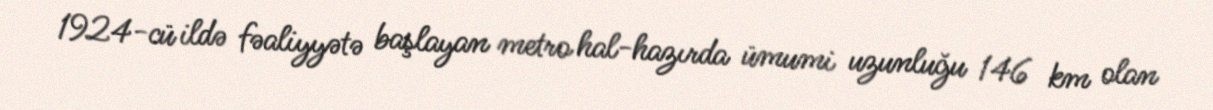
1924-cü ildə fəaliyyətə başlayan metro hal-hazırda ümumi uzunluğu 146 km olan